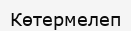
Көтермелеп